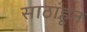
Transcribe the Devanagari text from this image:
साठांहून